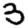
Digit: 3